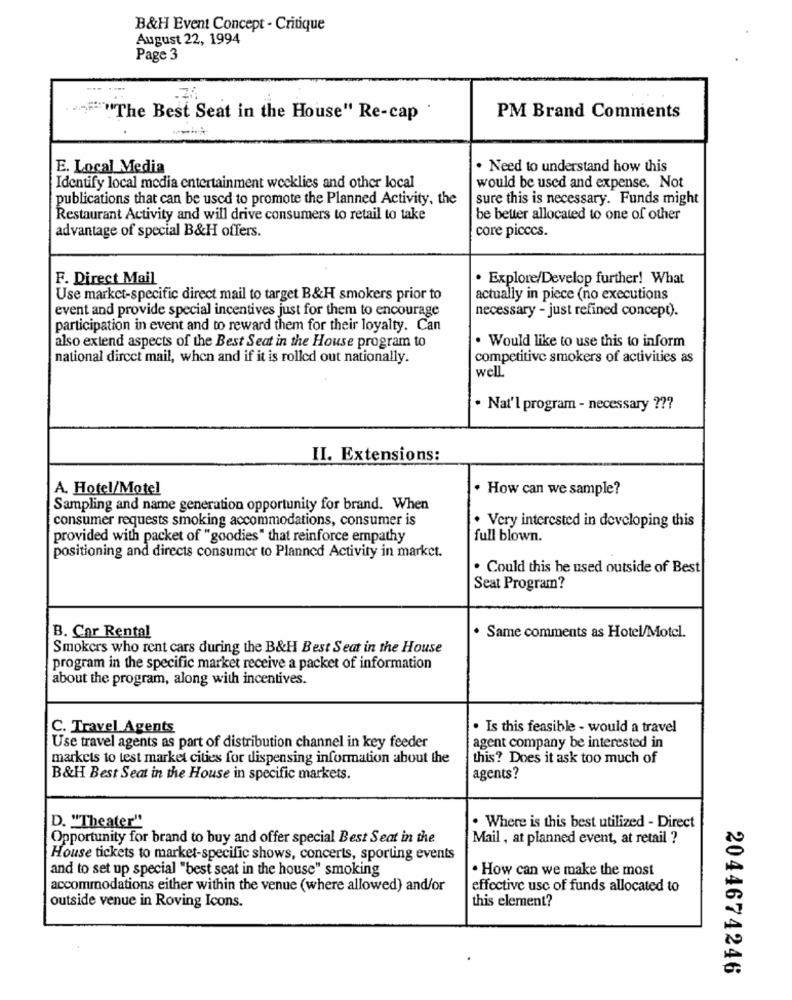
B&H Event Concept - Critique
August 22, 1994
Page 3
""""The Best Seat in the House" Re-cap
PM Brand Comments
E. Local Media
. Need to understand how this
Identify local media entertainment weeklies and other local
would be used and expense. Not
publications that can be used to promote the Planned Activity, the
sure this is necessary. Funds might
Restaurant Activity and will drive consumers to retail to take
be better allocated to one of other
advantage of special B&H offers.
core picccs.
F. Direct Mail
. Explore/Develop further! What
Use market-specific direct mail to target B&H smokers prior to
actually in piece (no executions
event and provide special incentives just for them to encourage
necessary - just refined concept).
participation in event and to reward them for their loyalty. Can
. Would like to use this to inform
also extend aspects of the Best Seat in the House program to
national direct mail, when and if it is rolled out nationally.
competitive smokers of activities as
well.
. Nat'l program - necessary ???
II. Extensions:
A. Hotel/Motel
. How can we sample?
Sampling and name generation opportunity for brand. When
consumer requests smoking accommodations, consumer is
. Very interested in developing this
provided with packet of "goodies" that reinforce empathy
full blown.
positioning and directs consumer to Planned Activity in market.
. Could this be used outside of Best
Seat Program?
B. Car Rental
. Same comments as Hotel/Motel.
Smokers who rent cars during the B&H Best Seat in the House
program in the specific market receive a packet of information
about the program, along with incentives.
C. Travel Agents
. Is this feasible - would a travel
Use travel agents as part of distribution channel in key feeder
agent company be interested in
markets to test market cities for dispensing information about the
this? Does it ask too much of
B&H Best Seat in the House in specific markets.
agents?
D. "Theater"
. Where is this best utilized - Direct
Opportunity for brand to buy and offer special Best Seat in the
Mail , at planned event, at retail ?
House tickets to market-specific shows, concerts, sporting events
and to set up special "best seat in the house" smoking
. How can we make the most
accommodations either within the venue (where allowed) and/or
effective usc of funds allocated to
outside venue in Roving Icons.
this element?
2044674246